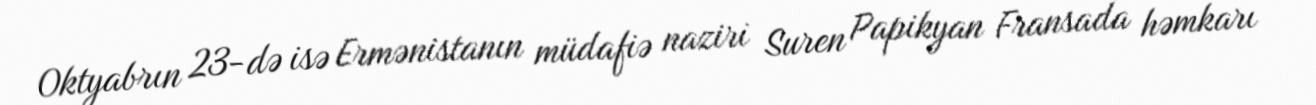
Oktyabrın 23-də isə Ermənistanın müdafiə naziri Suren Papikyan Fransada həmkarı